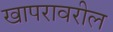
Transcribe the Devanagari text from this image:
खापरावरील